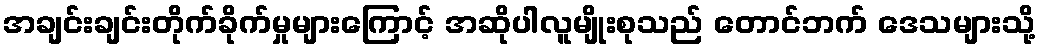
အချင်းချင်းတိုက်ခိုက်မှုများကြောင့် အဆိုပါလူမျိုးစုသည် တောင်ဘက် ဒေသများသို့